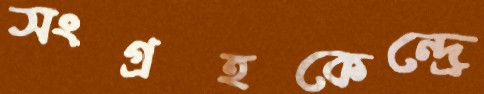
সংগ্রহকেন্দ্রে